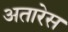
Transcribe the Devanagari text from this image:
अतारेस